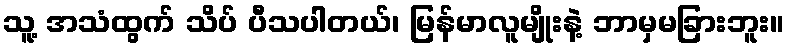
သူ့ အသံထွက် သိပ် ပီသပါတယ်၊ မြန်မာလူမျိုးနဲ့ ဘာမှမခြားဘူး။